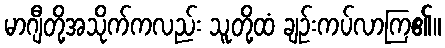
မာဂျီတို့အသိုက်ကလည်း သူတို့ထံ ချဉ်းကပ်လာကြ၏။